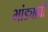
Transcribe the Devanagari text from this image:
भांड्याची